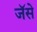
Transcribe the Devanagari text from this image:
जॅसे